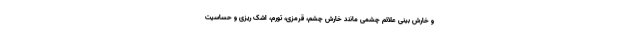
و خارش بینی علائم چشمی مانند خارش چشم، قرمزی، تورم، اشک ریزی و حساسیت